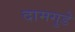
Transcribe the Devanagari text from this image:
दामगुडे